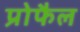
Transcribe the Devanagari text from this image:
प्रोफैल